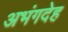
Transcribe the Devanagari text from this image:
अभंगदेह